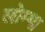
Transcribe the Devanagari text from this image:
लोम्गा